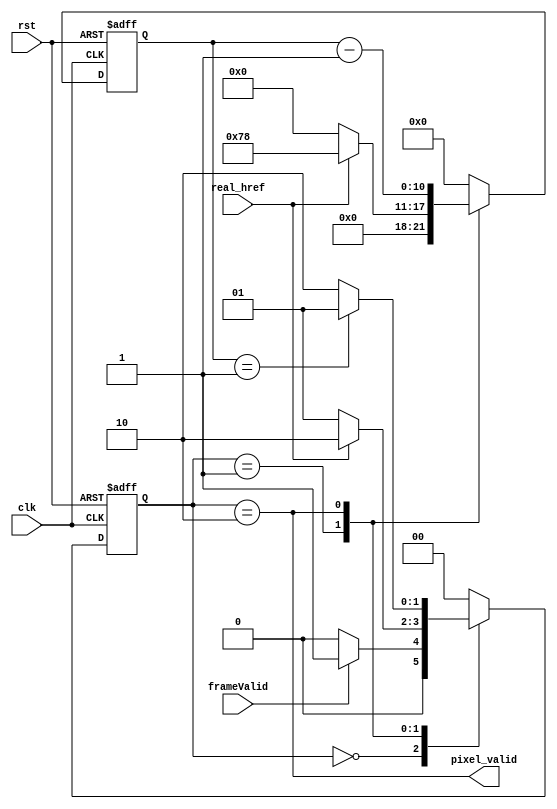
module VerilogFSM(input frameValid, input clk, input rst, input real_href, output pixel_valid);
    localparam IDLE=2'h0, HBLANK=2'h1, HACT=2'h2, PIX_PER_LINE=120;
    reg [10:0] pix_cnt_n;
    reg [10:0] pix_cnt;

    reg [1:0] pix_ns;
    reg [1:0] pix_cs;

    assign pixel_valid = (pix_cs == HACT);
    always @(*) begin
        case(pix_cs)
            IDLE : begin
                pix_ns = frameValid ? HBLANK : IDLE;
                pix_cnt_n = 0;
            end
            HBLANK : begin
                pix_ns = real_href ? HACT : HBLANK ;
                pix_cnt_n = real_href ? PIX_PER_LINE : 0;
            end
            HACT : begin
                pix_ns = (pix_cnt == 1) ? HBLANK : HACT ;
                pix_cnt_n = pix_cnt - 1'b1;
            end
            default : begin
                pix_ns = IDLE ;
                pix_cnt_n = 0;
            end
        endcase

    end
    always @(posedge clk or posedge rst) begin
        if (rst) begin
            pix_cs <= IDLE;
            pix_cnt <= 0;
        end else begin
            pix_cs <= pix_ns;
            pix_cnt <= pix_cnt_n;
        end
    end
endmodule